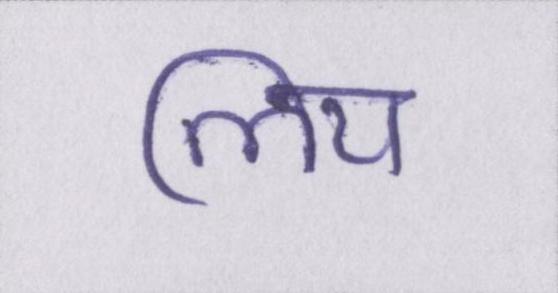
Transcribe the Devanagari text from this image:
लिय